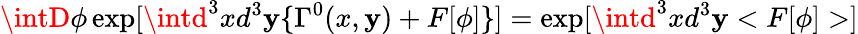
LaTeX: \intD\phi\exp[\intd^{3}xd^{3}\mathbf{y}\{ \Gamma^{0}(x,\mathbf{y})+F[\phi]\} ]=\exp[\intd^{3}xd^{3}\mathbf{y}<F[\phi]>]